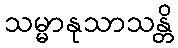
သမ္မာနုသာသန္တိ